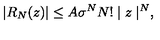
| R _ { N } ( z ) | \leq A \sigma ^ { N } N ! \mid z \mid ^ { N } ,